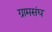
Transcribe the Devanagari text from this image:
ग्रामसंघ